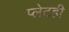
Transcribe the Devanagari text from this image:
प्लेटही